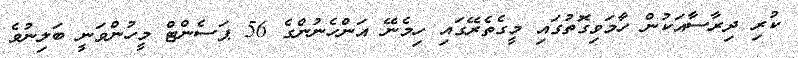
ކުރި ދިރާސާއަކުން ހާމަވިގޮތުގައި މީގެތެރޭގައި ހިމެނޭ އަންހެނުންގެ 56 ޕަސެންޓް މީހުންވަނީ ބަލިނުވެ